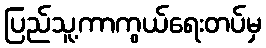
ပြည်သူ့ကာကွယ်ရေးတပ်မှ